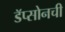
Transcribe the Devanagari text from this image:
डॅप्सोनची